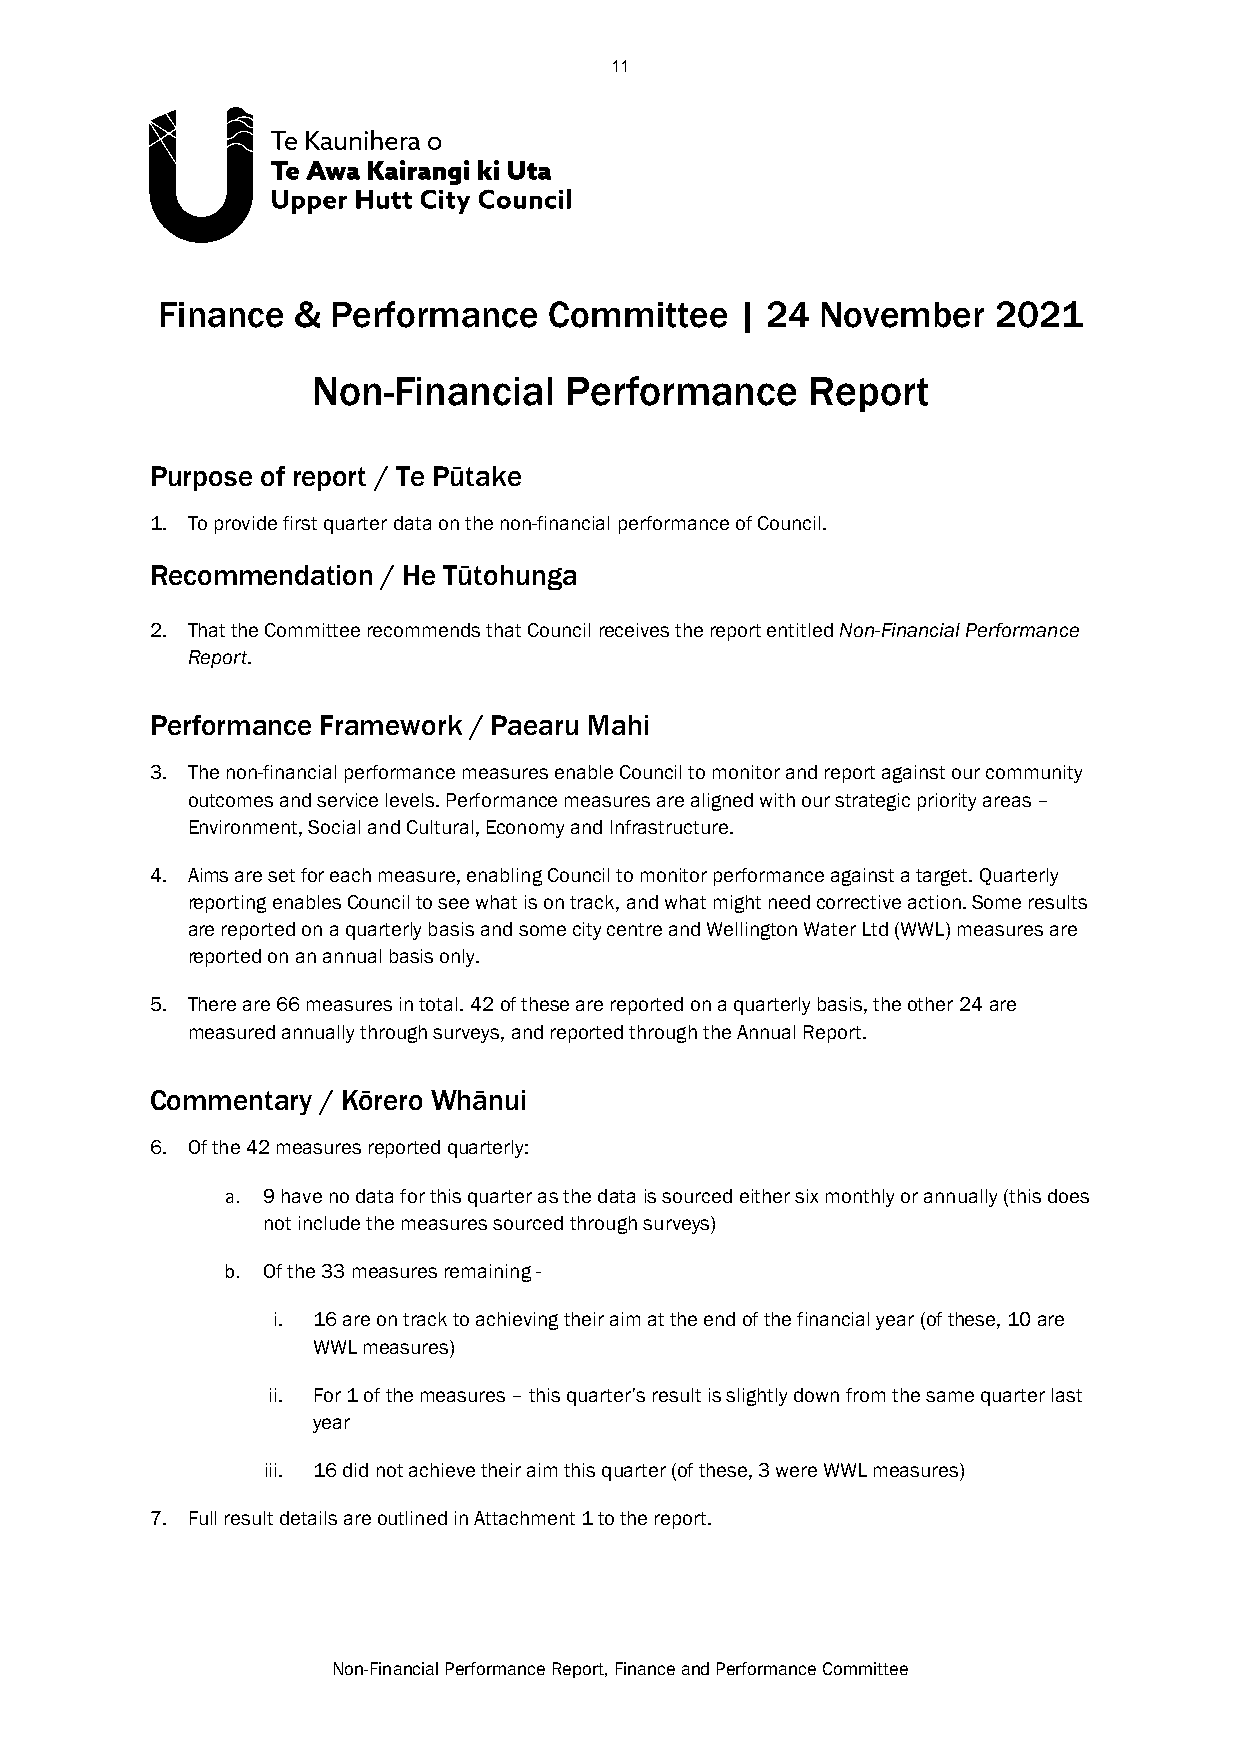
11
 Finance  &  Performance   Committee    | 24 November    2021
 Non-Financial   Performance     Report
 Purpose of report / Te Pūtake
 1. To provide first quarter data on the non-financial performance of Council.
 Recommendation / He Tūtohunga
 2. That the Committee recommends that Council receives the report entitled Non-Financial Performance
 Report.
 Performance Framework / Paearu Mahi
 3. The non-financial performance measures enable Council to monitor and report against our community
 outcomes and service levels. Performance measures are aligned with our strategic priority areas –
 Environment, Social and Cultural, Economy and Infrastructure.
 4. Aims are set for each measure, enabling Council to monitor performance against a target. Quarterly
 reporting enables Council to see what is on track, and what might need corrective action. Some results
 are reported on a quarterly basis and some city centre and Wellington Water Ltd (WWL) measures are
 reported on an annual basis only.
 5. There are 66 measures in total. 42 of these are reported on a quarterly basis, the other 24 are
 measured annually through surveys, and reported through the Annual Report.
 Commentary / Kōrero Whānui
 6. Of the 42 measures reported quarterly:
 a. 9 have no data for this quarter as the data is sourced either six monthly or annually (this does
 not include the measures sourced through surveys)
 b. Of the 33 measures remaining -
 i. 16 are on track to achieving their aim at the end of the financial year (of these, 10 are
 WWL measures)
 ii. For 1 of the measures – this quarter’s result is slightly down from the same quarter last
 year
 iii. 16 did not achieve their aim this quarter (of these, 3 were WWL measures)
 7. Full result details are outlined in Attachment 1 to the report.
 Non-Financial Performance Report, Finance and Performance Committee